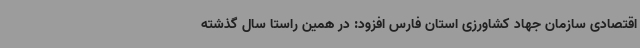
اقتصادی سازمان جهاد کشاورزی استان فارس افزود: در همین راستا سال گذشته